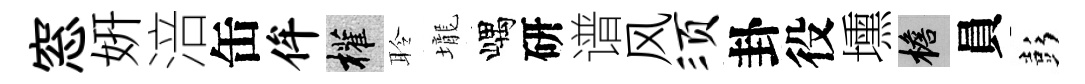
窓妍涪缶侔權聆壠嵎研谱风须卦役壎檐員彭